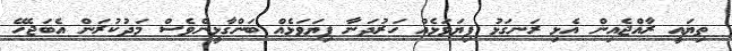
ތިޔައީ ރާއްޖެއިން އެޅި ރަނގަޅު ފިޔަވަޅެއް ހަރުދަނާ ފިޔަވަޅެއް ބަންގާޅީންވެސް މަދުކުރަން އެބަޖެހޭ